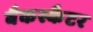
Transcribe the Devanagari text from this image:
बैकस्कैटर